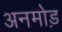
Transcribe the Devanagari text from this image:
अनमोड़